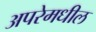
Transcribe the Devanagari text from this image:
अपरेमधील